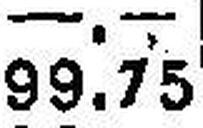
99.75